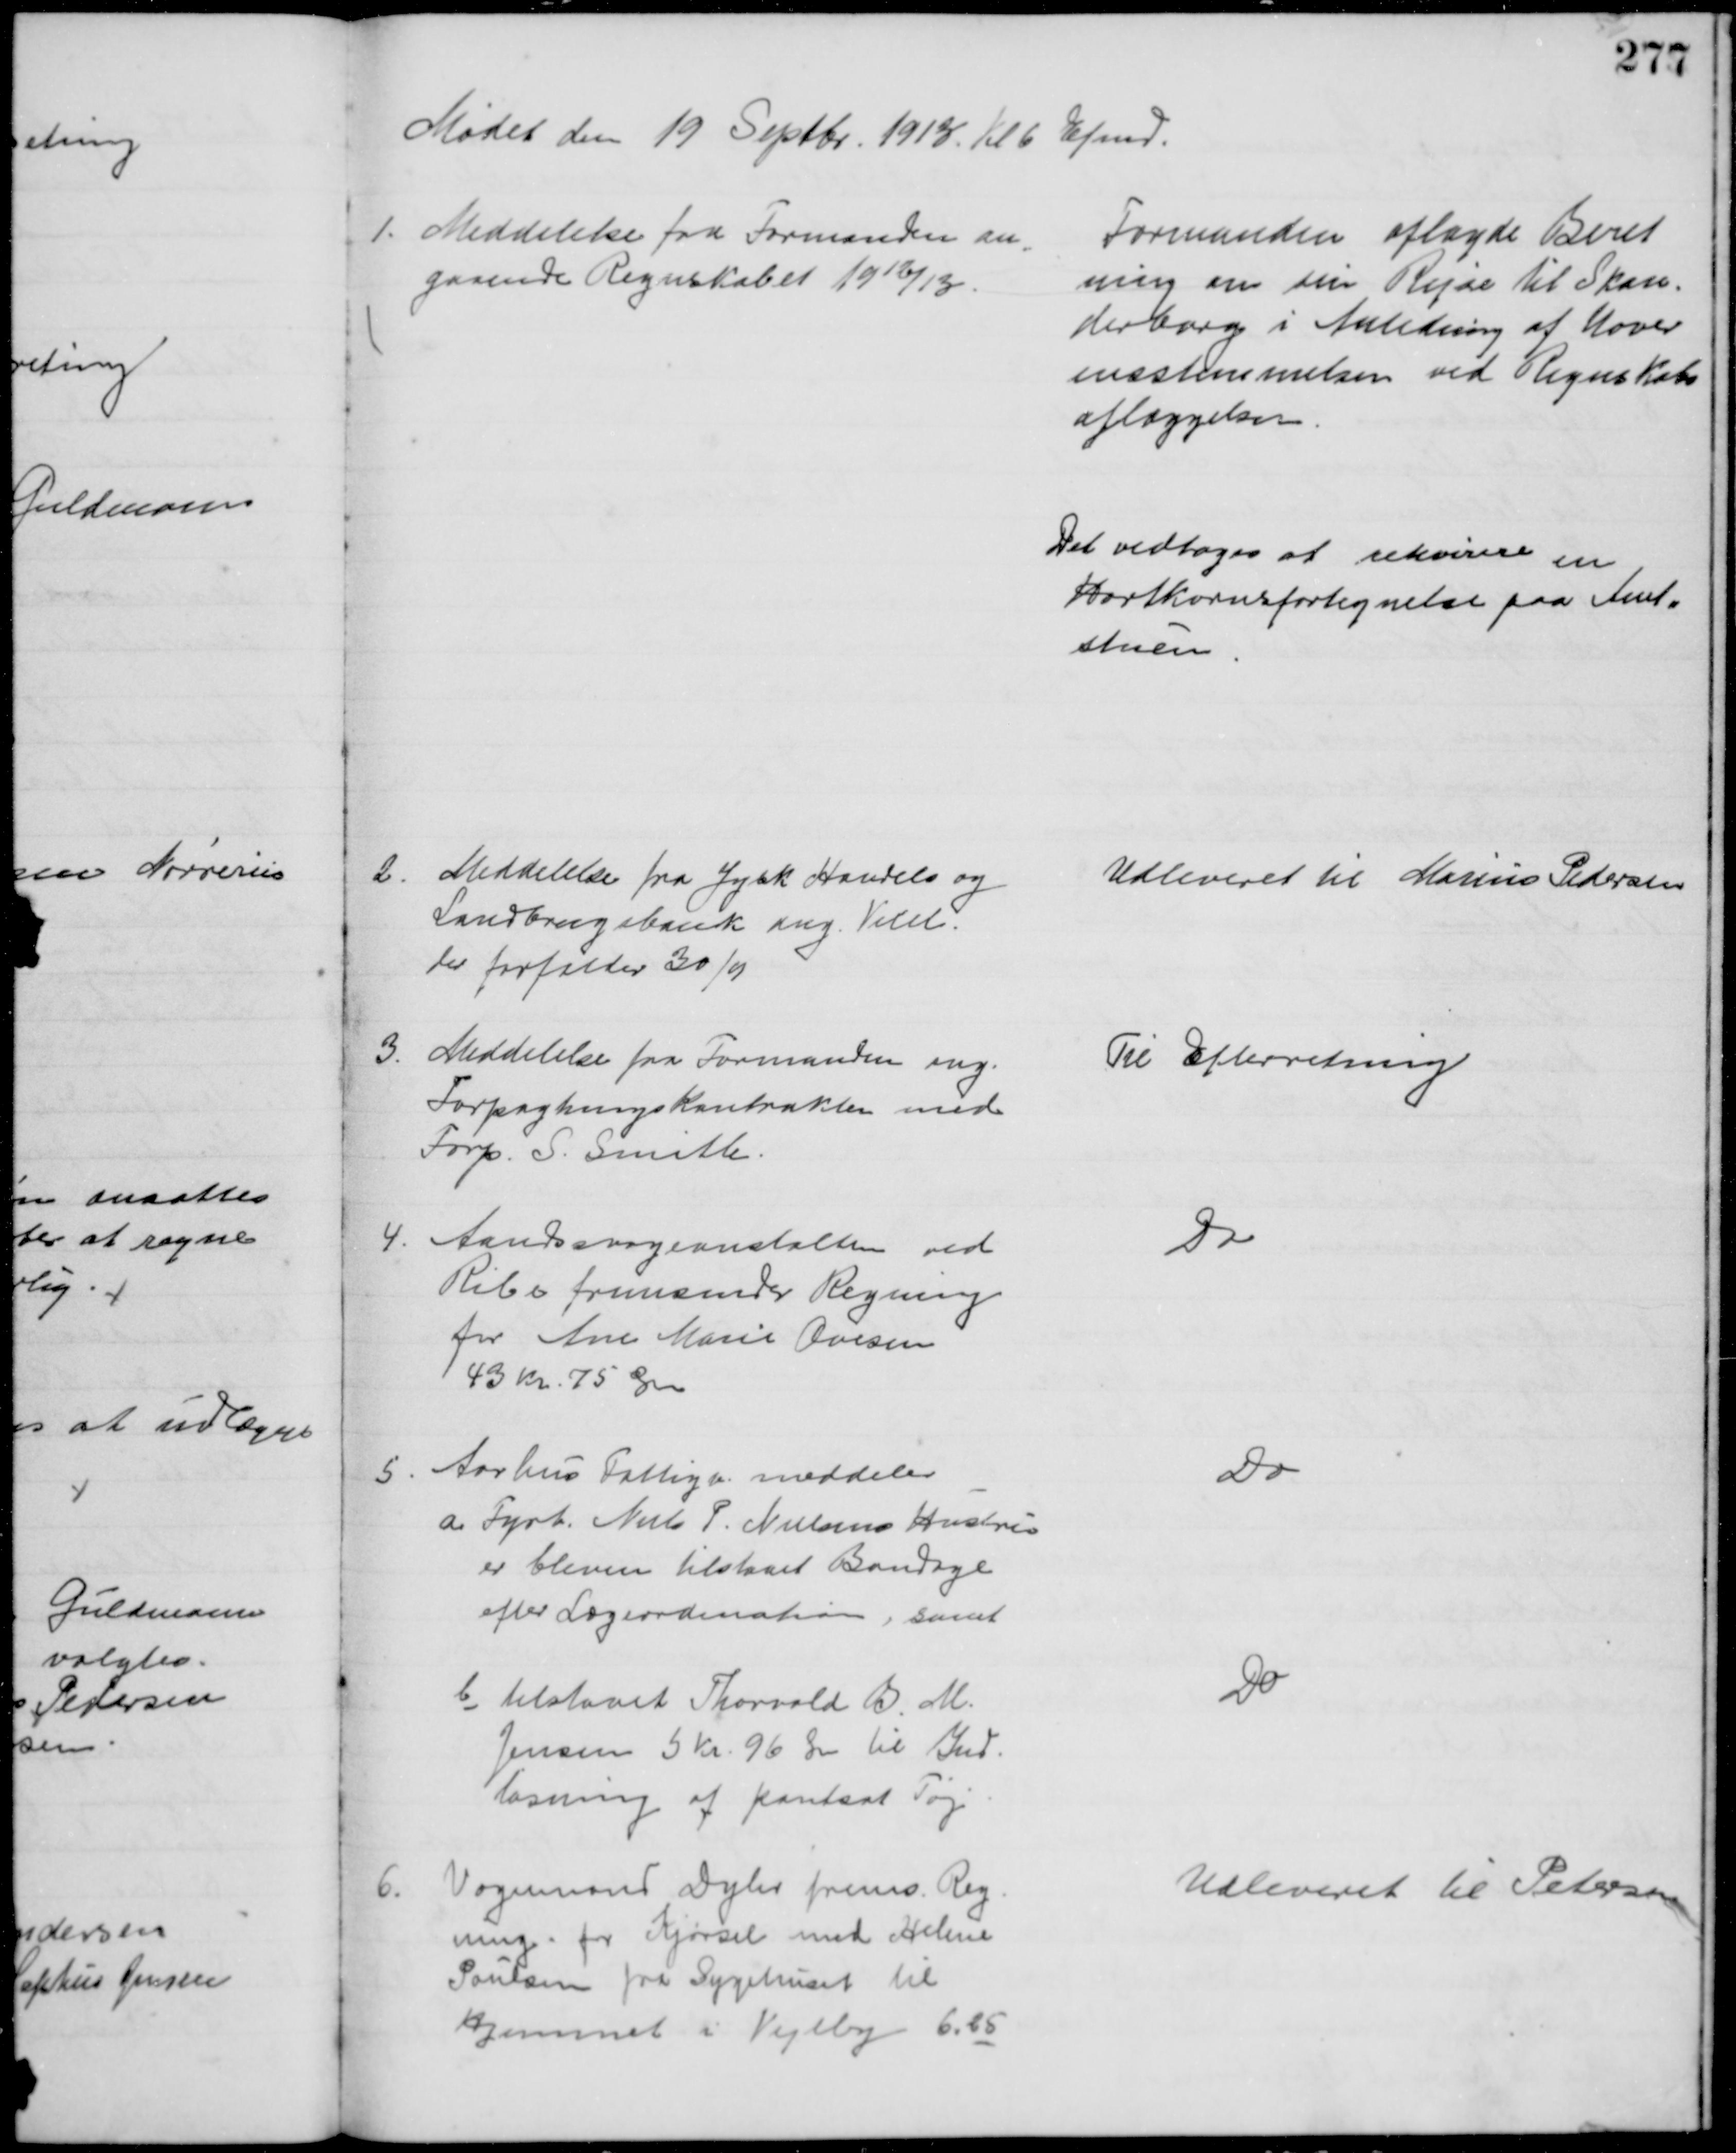
Transskription:
Mødet den 19 Septbr. 1913. til 6 Efmd.
1. Meddelelse fra Formanden an
gaaende Regnskabet 1912/13.
Formanden aflagde Beret
ning om sin Rejse til Skan=
derborg i Anledning af Uover
ensstemmelsen ved Regnskabs
aflæggelsen
Det vedtoges at rekvirere en
Hartkornsfortegnelse paa Amt=
stuen
2. Meddelelse fra Jysk Handels og 
Landbrugsbank ang. Vexel.
der forfalder 30/9
Udleveret til Marius Pedersen
3.
Meddelelse fra Formanden ang.
Forpagtningskontrakten med
Forp. S. Smith.
Til Efterretning
4.
Aandssvageanstalten ved
Ribe fremsender Regning
for Ane Marie Ovesen
43 Kr. 75 Øre
Do
5
Aarhus Fattigv. meddeler
a Fyrb. Niels P. Nielsens Hustru
er bleven tilstaaet Bandage
efter Lægeordination, samt
Do
b tilstaaet Thorvald B. M.
Jensen 5 Kr. 96 Øre til Ind-
løsning af pantsat Tøj
Do
6.
Vognmand Dyhr frems. Reg
ning for Kjørsel med Helene
Poulsen fra Sygehuset til
Hjemmet i Vejlby 6,25
Udleveret til Petersen